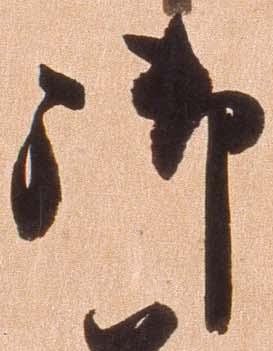
御